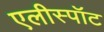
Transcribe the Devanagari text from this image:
एलीस्पॉट